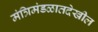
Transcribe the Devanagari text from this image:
मंत्रिमंडळातदेखील